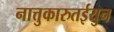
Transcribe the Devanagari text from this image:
नात्तुकारुतईयुन